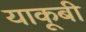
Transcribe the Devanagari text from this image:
याकूबी